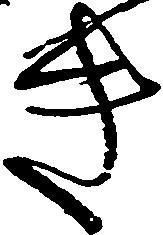
き